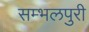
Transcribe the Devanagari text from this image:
सम्भलपुरी